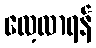
လေ့လာရန်